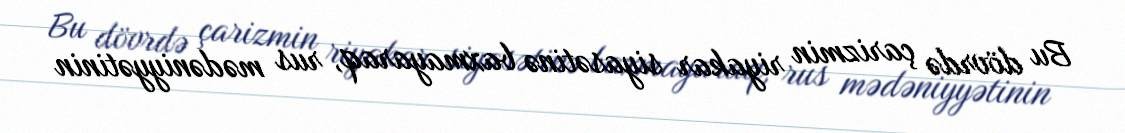
Bu dövrdə çarizmin riyakar siyasətinə baxmayaraq, rus mədəniyyətinin